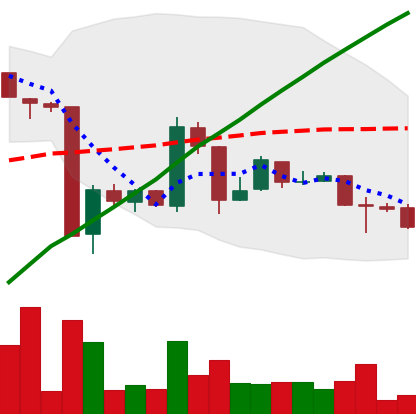
Ticker: BTC-USD
Chart end date: 2016-01-31
Forward return: 4.822%
Label: up_3_5